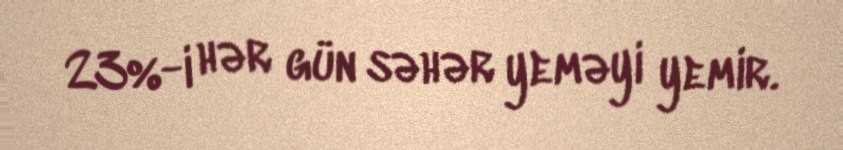
23%-i hər gün səhər yeməyi yemir.